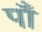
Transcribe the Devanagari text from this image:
पाँ